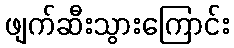
ဖျက်ဆီးသွားကြောင်း